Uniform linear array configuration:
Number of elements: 48
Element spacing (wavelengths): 1
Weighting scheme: hamming
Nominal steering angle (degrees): -60
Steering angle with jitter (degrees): -61.779
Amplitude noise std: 0.05
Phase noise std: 0.05

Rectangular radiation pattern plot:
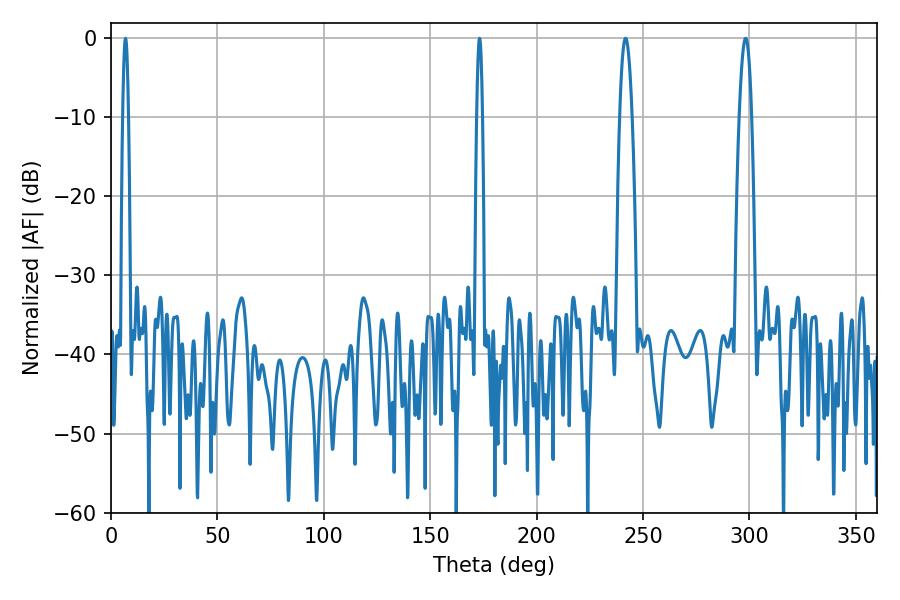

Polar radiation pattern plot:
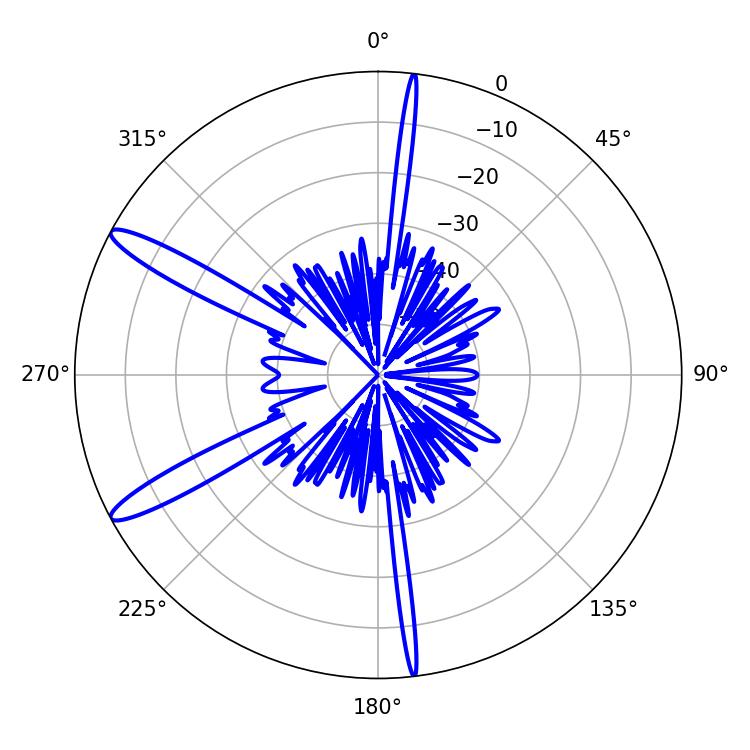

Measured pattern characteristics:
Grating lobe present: TRUE
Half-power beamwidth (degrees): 1.44
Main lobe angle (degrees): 173.16